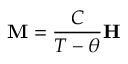
\mathbf { M } = { \frac { C } { T - \theta } } \mathbf { H }